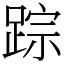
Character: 踪